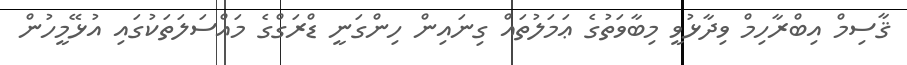
ޤާސިމް އިބްރާހިމް ވިދާޅުވީ މިބާވަތުގެ ޢަމަލުތައް ގިނައިން ހިންގަނީ ޑްރަގްގެ މައްސަލަތަކުގައި އުޅޭމީހުން